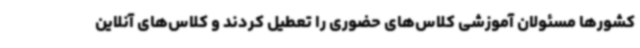
کشورها مسئولان آموزشی کلاس‌های حضوری را تعطیل کردند و کلاس‌های آنلاین